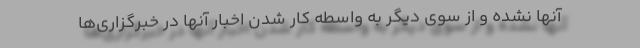
آنها نشده و از سوی دیگر به واسطه کار شدن اخبار آنها در خبرگزاری‌ها